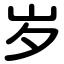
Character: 岁